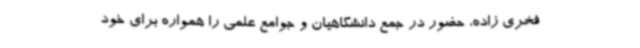
فخری زاده، حضور در جمع دانشگاهیان و جوامع علمی را همواره برای خود